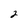
Character: 2